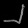
Digit: ၂